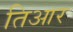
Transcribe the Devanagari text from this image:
तिआर